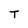
Character: T